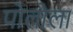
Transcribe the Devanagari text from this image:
पोलोला